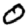
Digit: 0